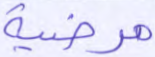
مرضية